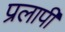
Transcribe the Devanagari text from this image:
प्रलापी